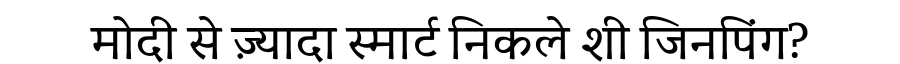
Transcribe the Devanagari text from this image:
मोदी से ज़्यादा स्मार्ट निकले शी जिनपिंग?